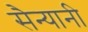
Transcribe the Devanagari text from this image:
सैन्यानी